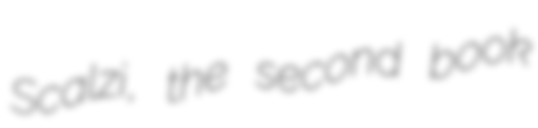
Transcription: Scalzi, the second book